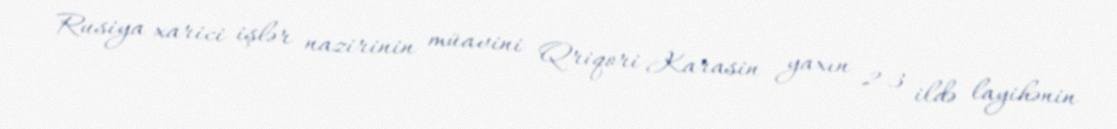
Rusiya xarici işlər nazirinin müavini Qriqori Karasin yaxın 2-3 ildə layihənin